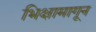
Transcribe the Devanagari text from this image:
भिक्षामागून